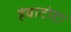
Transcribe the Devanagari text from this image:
हंबाटोटा